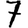
Digit: 7